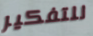
للتفكير